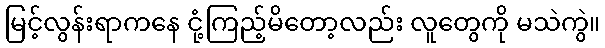
မြင့်လွန်းရာကနေ ငုံ့ကြည့်မိတော့လည်း လူတွေကို မသဲကွဲ။